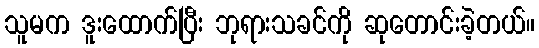
သူမက ဒူးထောက်ပြီး ဘုရားသခင်ကို ဆုတောင်းခဲ့တယ်။